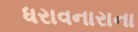
ધરાવનારાના